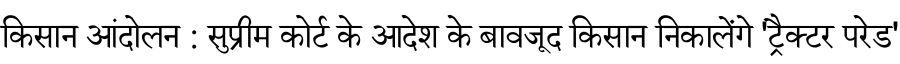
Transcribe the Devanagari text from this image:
किसान आंदोलन : सुप्रीम कोर्ट के आदेश के बावजूद किसान निकालेंगे 'ट्रैक्टर परेड'